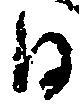
日